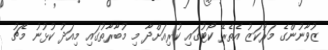
ޒުވާނުންގެ މަރުކަޒު އެތެރޭ ކޯޓުގައި ކުރިއަށްދާ މި މުބާރާތުގައި މިއަދު ކުޅުނު މެޗު